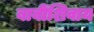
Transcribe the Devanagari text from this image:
बाबींशिवाय